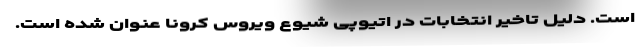
است. دلیل تاخیر انتخابات در اتیوپی شیوع ویروس کرونا عنوان شده است.